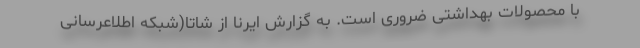
با محصولات بهداشتی ضروری است. به گزارش ایرنا از شاتا(شبکه اطلاعرسانی